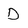
Character: D